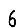
Digit: 6